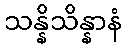
သန္နိသိန္နာနံ